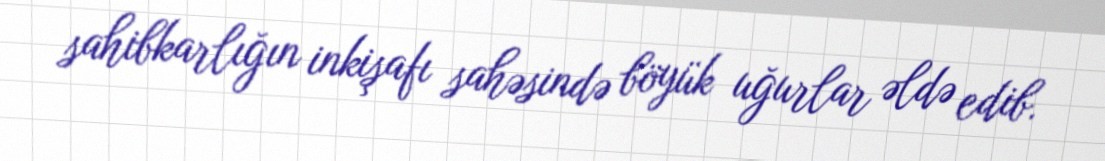
sahibkarlığın inkişafı sahəsində böyük uğurlar əldə edib.